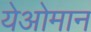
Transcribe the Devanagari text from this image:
येओमान